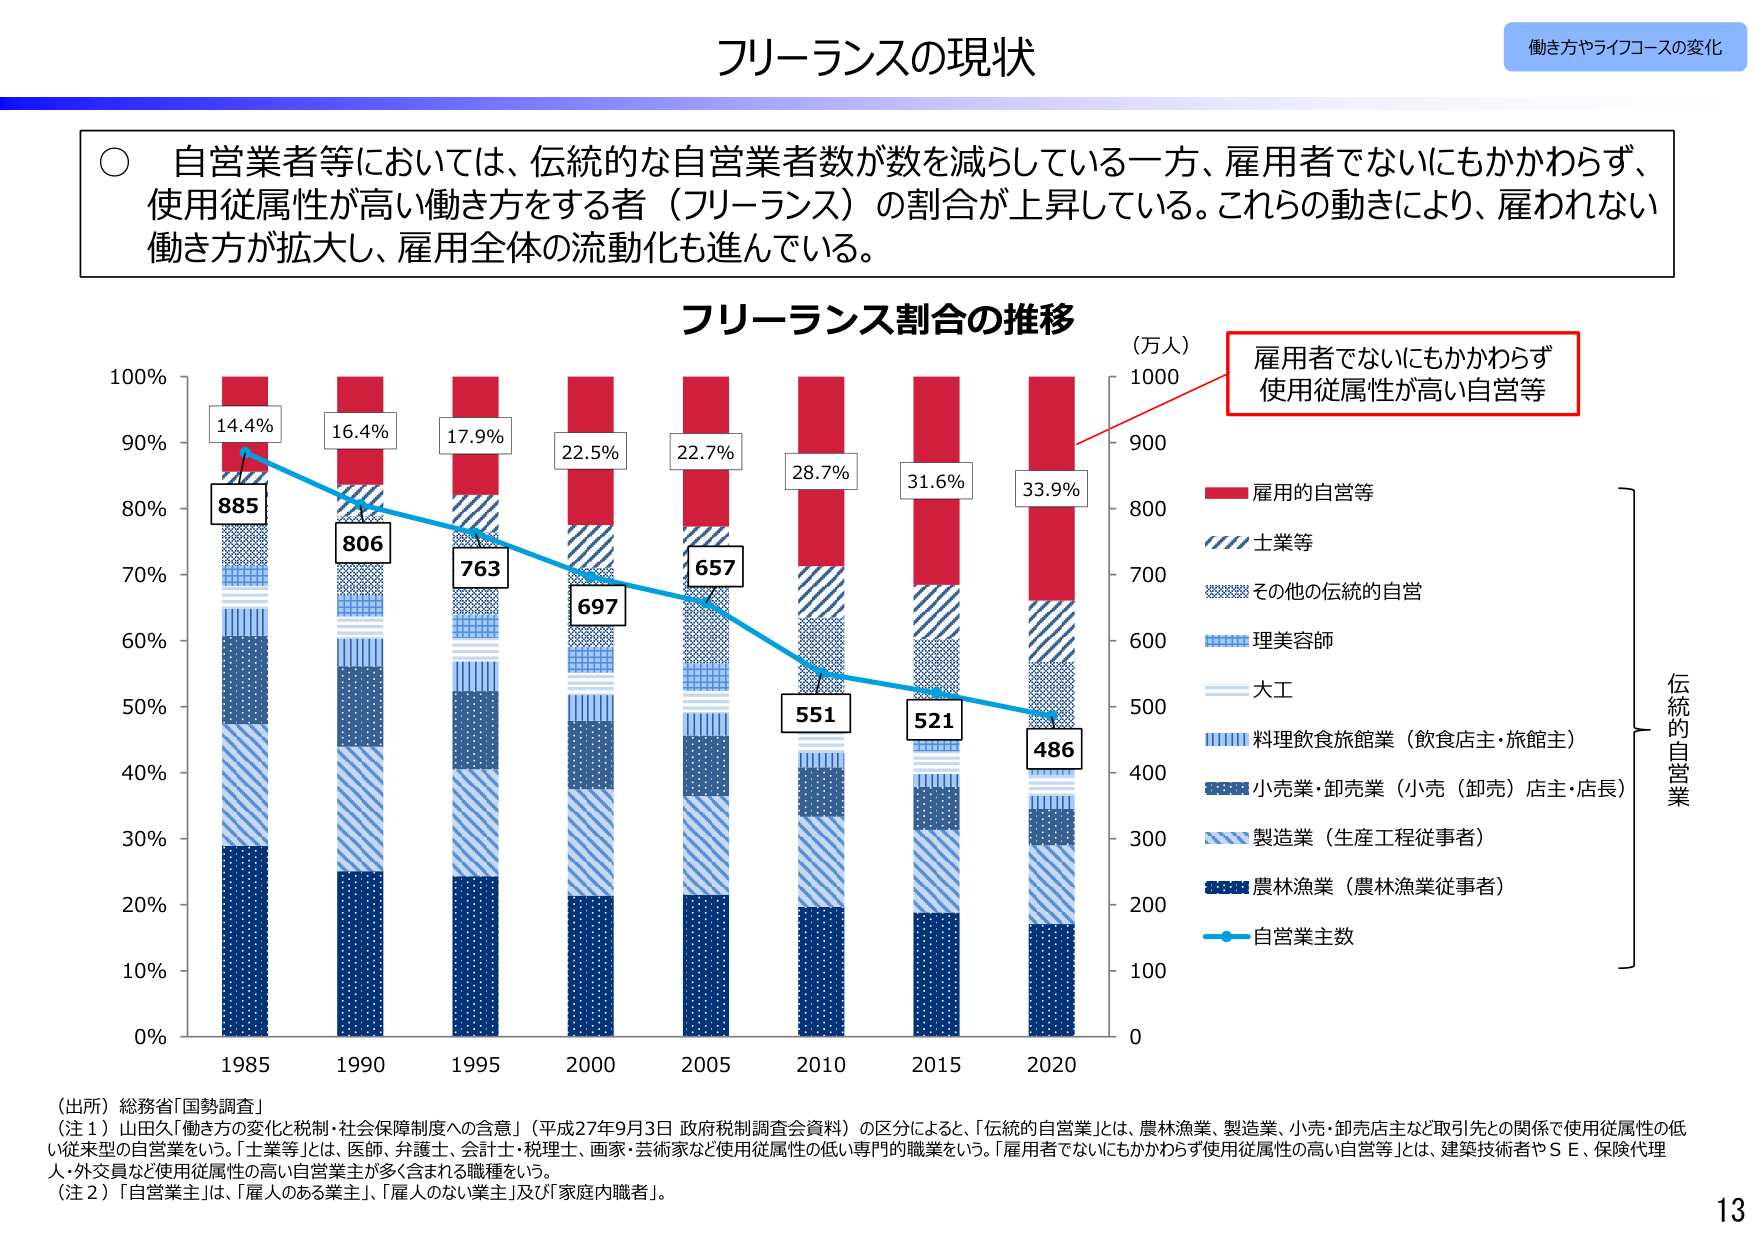
フリーランスの現状

働き方やライフコースの変化

○ 自営業者等においては、伝統的な自営業者数が数を減らしている一方、雇用者でないにもかかわらず、使用従属性が高い働き方をする者（フリーランス）の割合が上昇している。これらの動きにより、雇われない働き方が拡大し、雇用全体の流動化も進んでいる。

フリーランス割合の推移

（万人）
1000
900
800
700
600
500
400
300
200
100
0

雇用者でないにもかかわらず
使用従属性が高い自営等

■ 雇用の自営等
// 士業等
■ その他の伝統的自営
■ 理美容師
■ 大工
■ 料理飲食旅館業（飲食店主・旅館主）
■ 小売業・卸売業（小売（卸売）店主・店長）
■ 製造業（生産工程従事者）
■ 農林漁業（農林漁業従事者）
■ 自営業主数

伝統的自営業

100%
90%
80%
70%
60%
50%
40%
30%
20%
10%
0%

14.4%
885
16.4%
806
17.9%
763
22.5%
697
22.7%
657
28.7%
551
31.6%
521
33.9%
486

1985 1990 1995 2000 2005 2010 2015 2020

（出所）総務省「国勢調査」

（注１）山田久「働き方の変化と税制・社会保障制度への含意」（平成27年9月3日 政府税制調査会資料）の区分によると、「伝統的自営業」とは、農林漁業、製造業、小売・卸売店主など取引先との関係で使用従属性の低い従来型の自営業をいう。「士業等」とは、医師、弁護士、会計士・税理士、画家・芸術家など使用従属性の低い専門的職業をいう。「雇用者でないにもかかわらず使用従属性の高い自営等」とは、建築技術者やＳＥ、保険代理人・外交員など使用従属性の高い自営業主が多く含まれる職種をいう。

（注２）「自営業主」とは、「雇人のある業主」、「雇人のない業主」及び「家庭内職者」。

13